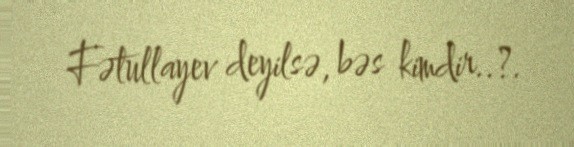
Fətullayev deyilsə, bəs kimdir..?.